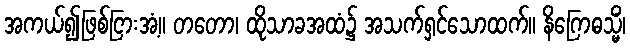
အကယ်၍ဖြစ်ငြားအံ့။ တတော၊ ထိုသာခအထံ၌ အသက်ရှင်သောထက်။ နိဂြောဓသ္မိံ၊